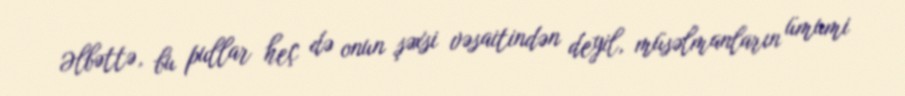
Əlbəttə, bu pullar heç də onun şəxsi vəsaitindən deyil, müsəlmanların ümumi